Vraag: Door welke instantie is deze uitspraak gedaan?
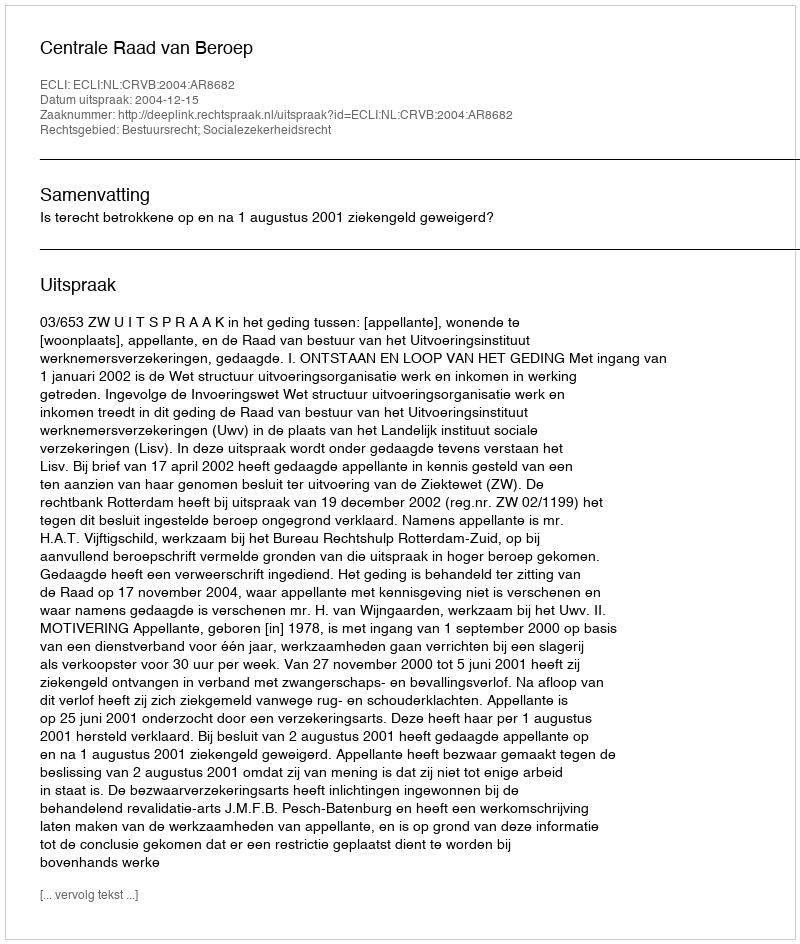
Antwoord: Centrale Raad van Beroep